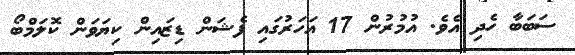
ސަބަބާ ހެދި އެވެ. އުމުރުން 17 އަހަރުގައި ފެޝަން ޑިޒައިން ކިޔަވަން ކޮލަމްބޯ